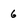
Character: 6